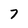
Character: 7